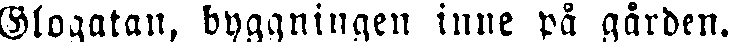
Glogatan, byggningen inne på gården.